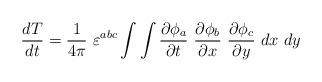
LaTeX: \begin{align*}\frac{dT}{dt}=\frac{1}{4\pi}~\varepsilon^{abc}\int\int\frac{\partial\phi_a}{\partial t}~\frac{\partial\phi_b}{\partial x}~\frac{\partial\phi_c}{\partial y}~dx~dy\end{align*}